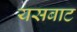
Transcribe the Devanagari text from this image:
यसबाट